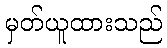
မှတ်ယူထားသည်